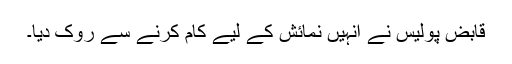
قابض پولیس نے انہیں نمائش کے لیے کام کرنے سے روک دیا۔